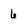
Character: 6